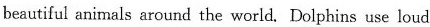
beautiful animals around the world. Dolphins use loud